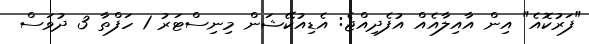
"ފަރުކޮއެ" އިން އާއިލާއެއް އުފެދިއްޖެ: އެޑިއުކޭޝަން މިނިސްޓަރު 1 ހަފްތާ 3 ދުވަސް